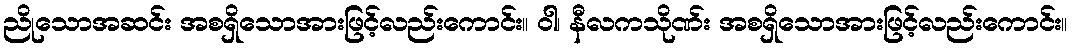
ညိုသောအဆင်း အစရှိသောအားဖြင့်လည်းကောင်း။ ဝါ၊ နီလကသိုဏ်း အစရှိသောအားဖြင့်လည်းကောင်း။